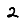
Digit: 2